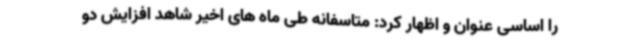
را اساسی عنوان و اظهار کرد: متاسفانه طی ماه های اخیر شاهد افزایش دو